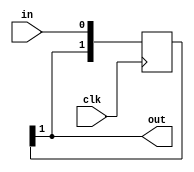
/*
   This file was generated automatically by the Mojo IDE version B1.3.6.
   Do not edit this file directly. Instead edit the original Lucid source.
   This is a temporary file and any changes made to it will be destroyed.
*/

/*
   Parameters:
     DEPTH = NUM_SYNC
*/
module pipeline_20 (
    input clk,
    input in,
    output reg out
  );
  
  localparam DEPTH = 2'h2;
  
  
  reg [1:0] M_pipe_d, M_pipe_q = 1'h0;
  
  integer i;
  
  always @* begin
    M_pipe_d = M_pipe_q;
    
    M_pipe_d[0+0-:1] = in;
    out = M_pipe_q[1+0-:1];
    for (i = 1'h1; i < 2'h2; i = i + 1) begin
      M_pipe_d[(i)*1+0-:1] = M_pipe_q[(i - 1'h1)*1+0-:1];
    end
  end
  
  always @(posedge clk) begin
    M_pipe_q <= M_pipe_d;
  end
  
endmodule